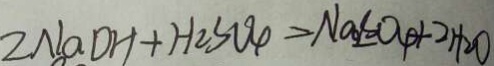
2 N a O H + H _ { 2 } S O _ { 4 } = N a _ { 2 } S O _ { 4 } + 2 H _ { 2 } O